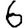
Digit: 6